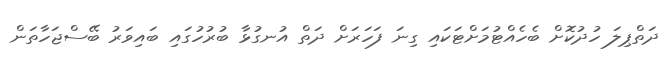
ދަތްޕިލަ ހުދުކޮށް ބެހެއްޓުމަށްޓަކައި ގިނަ ފަހަރަށް ދަތް އުނގުޅާ ބުރުހުގައި ބައިވަރު ބޭސްޖަހާތަން